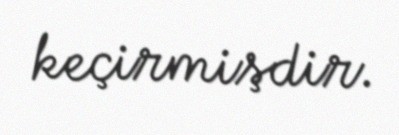
keçirmişdir.